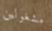
مشغولين